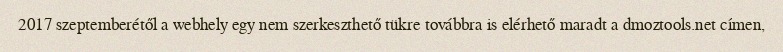
2017 szeptemberétől a webhely egy nem szerkeszthető tükre továbbra is elérhető maradt a dmoztools.net címen,